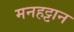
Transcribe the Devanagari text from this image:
मनहट्टान